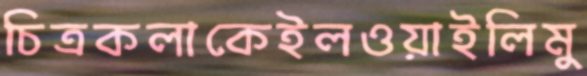
চিত্রকলাকেইলওয়াইলিমু